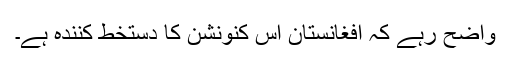
واضح رہے کہ افغانستان اس کنونشن کا دستخط کنندہ ہے۔